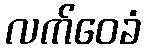
လက်ဝေခံ